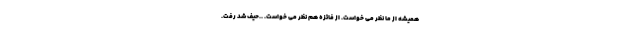
همیشه از ما نظر می خواست. از فائزه هم نظر می خواست. ..حیف شد رفت.